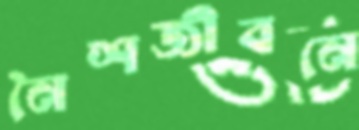
নৈশজীবনে